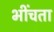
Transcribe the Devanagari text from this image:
भींचता